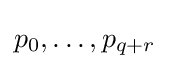
p_{0},\ldots ,p_{q+r}